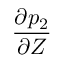
\frac { \partial p _ { 2 } } { \partial Z }